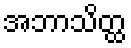
အဘာသိတ္ထ